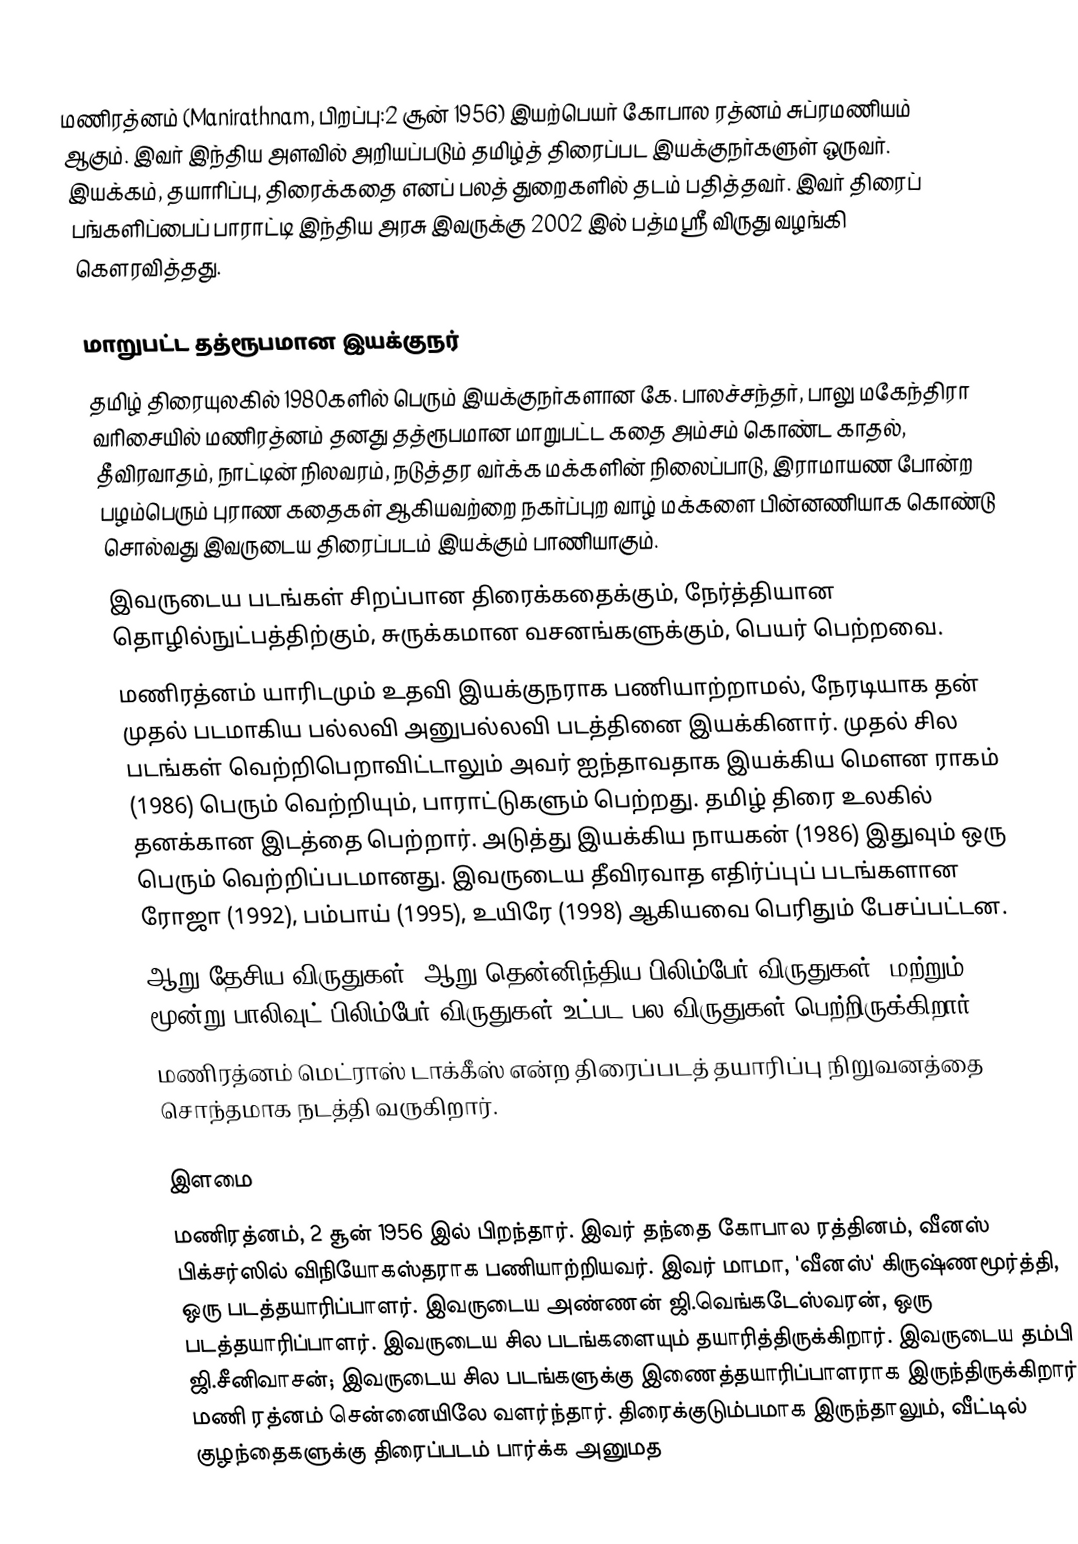
மணிரத்னம் (Manirathnam, பிறப்பு:2 சூன் 1956) இயற்பெயர் கோபால ரத்னம் சுப்ரமணியம் ஆகும். இவர் இந்திய அளவில் அறியப்படும் தமிழ்த் திரைப்பட இயக்குநர்களுள் ஒருவர். இயக்கம், தயாரிப்பு, திரைக்கதை எனப் பலத் துறைகளில் தடம் பதித்தவர். இவர் திரைப் பங்களிப்பைப் பாராட்டி இந்திய அரசு இவருக்கு 2002 இல் பத்மஸ்ரீ விருது வழங்கி கௌரவித்தது.

மாறுபட்ட தத்ரூபமான இயக்குநர்
 தமிழ் திரையுலகில் 1980களில் பெரும் இயக்குநர்களான கே. பாலச்சந்தர், பாலு மகேந்திரா வரிசையில் மணிரத்னம் தனது தத்ரூபமான மாறுபட்ட கதை அம்சம் கொண்ட காதல், தீவிரவாதம், நாட்டின் நிலவரம், நடுத்தர வர்க்க மக்களின் நிலைப்பாடு, இராமாயண போன்ற பழம்பெரும் புராண கதைகள் ஆகியவற்றை நகர்ப்புற வாழ் மக்களை பின்னணியாக கொண்டு சொல்வது இவருடைய திரைப்படம் இயக்கும் பாணியாகும்.
 இவருடைய படங்கள் சிறப்பான திரைக்கதைக்கும், நேர்த்தியான தொழில்நுட்பத்திற்கும், சுருக்கமான வசனங்களுக்கும், பெயர் பெற்றவை.
 மணிரத்னம் யாரிடமும் உதவி இயக்குநராக பணியாற்றாமல், நேரடியாக தன் முதல் படமாகிய பல்லவி அனுபல்லவி   படத்தினை இயக்கினார். முதல் சில படங்கள் வெற்றிபெறாவிட்டாலும் அவர் ஐந்தாவதாக இயக்கிய மௌன ராகம் (1986) பெரும் வெற்றியும், பாராட்டுகளும் பெற்றது. தமிழ் திரை உலகில் தனக்கான இடத்தை பெற்றார். அடுத்து இயக்கிய நாயகன் (1986) இதுவும் ஒரு பெரும் வெற்றிப்படமானது. இவருடைய தீவிரவாத எதிர்ப்புப் படங்களான ரோஜா (1992), பம்பாய் (1995), உயிரே (1998) ஆகியவை பெரிதும் பேசப்பட்டன.
 ஆறு தேசிய விருதுகள், ஆறு தென்னிந்திய பிலிம்பேர் விருதுகள், மற்றும் மூன்று பாலிவுட் பிலிம்பேர் விருதுகள் உட்பட பல  விருதுகள் பெற்றிருக்கிறார்.
 மணிரத்னம் மெட்ராஸ் டாக்கீஸ் என்ற திரைப்படத் தயாரிப்பு நிறுவனத்தை சொந்தமாக நடத்தி வருகிறார்.

இளமை
மணிரத்னம், 2 சூன் 1956 இல் பிறந்தார். இவர் தந்தை கோபால ரத்தினம், வீனஸ் பிக்சர்ஸில் விநியோகஸ்தராக பணியாற்றியவர். இவர் மாமா, 'வீனஸ்' கிருஷ்ணமூர்த்தி, ஒரு படத்தயாரிப்பாளர். இவருடைய அண்ணன் ஜி.வெங்கடேஸ்வரன், ஒரு படத்தயாரிப்பாளர். இவருடைய சில படங்களையும்  தயாரித்திருக்கிறார். இவருடைய தம்பி ஜி.சீனிவாசன்; இவருடைய சில படங்களுக்கு இணைத்தயாரிப்பாளராக இருந்திருக்கிறார். மணி ரத்னம் சென்னையிலே வளர்ந்தார். திரைக்குடும்பமாக இருந்தாலும், வீட்டில் குழந்தைகளுக்கு திரைப்படம் பார்க்க அனுமத